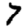
Digit: 7